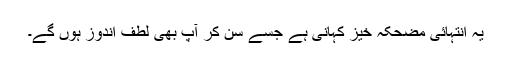
یہ انتہائی مضحکہ خیز کہانی ہے جسے سن کر آپ بھی لطف اندوز ہوں گے۔